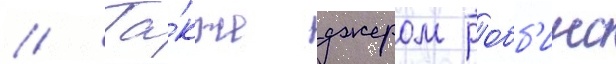
// Та́кже джером робб'инс